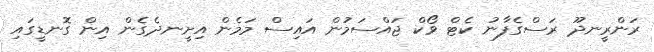
ރަންރީނދޫ ރަސްގެފާނު ކެޓް ވޯކް ޖައްސަމުން އައިސް މަމެން އިށީނދެގެން އިން ގޮނޑީގައި